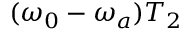
( \omega _ { 0 } - \omega _ { a } ) T _ { 2 }